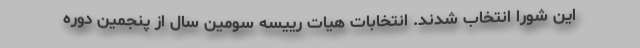
این شورا انتخاب شدند. انتخابات هیات رییسه سومین سال از پنجمین دوره